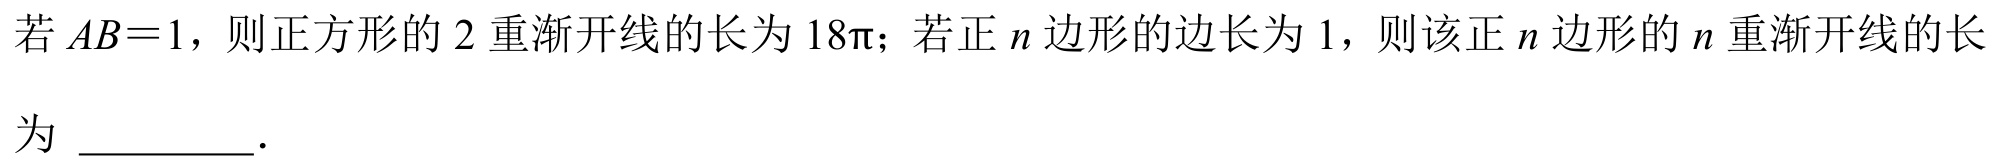
若$AB = 1$，则正方形的$2$重渐开线的长为$18\pi$；若正$n$边形的边长为$1$，则该正$n$边形的$n$重渐开线的长
为 __________．